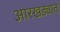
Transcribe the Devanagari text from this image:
आरखड्यात